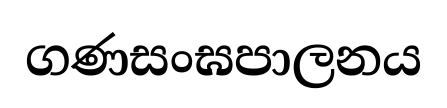
ගණසංඝපාලනය